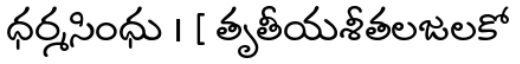
ధర్మసింధు । [ తృతీయశీతలజలకో